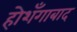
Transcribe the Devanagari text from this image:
होशँगाबाद